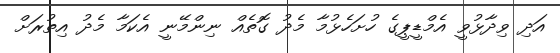
އަދި ވިދާޅުވީ އެމްޑީޕީގެ ހުށަހެޅުމާ މެދު ގޮތެއް ނިންމޭނީ އެކަމާ މެދު އިތުރަށް